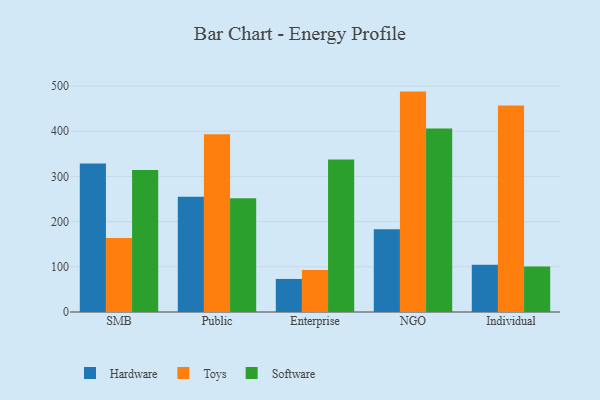
{"axis": {"x": "Segment", "y": "Latency (ms)"}, "legend": ["Hardware", "Software", "Toys"], "data": [{"x": "SMB", "y": 328.7, "type": "Hardware"}, {"x": "SMB", "y": 163.7, "type": "Toys"}, {"x": "SMB", "y": 314.2, "type": "Software"}, {"x": "Public", "y": 255.1, "type": "Hardware"}, {"x": "Public", "y": 393.5, "type": "Toys"}, {"x": "Public", "y": 251.9, "type": "Software"}, {"x": "Enterprise", "y": 73.1, "type": "Hardware"}, {"x": "Enterprise", "y": 93.2, "type": "Toys"}, {"x": "Enterprise", "y": 337.5, "type": "Software"}, {"x": "NGO", "y": 183.2, "type": "Hardware"}, {"x": "NGO", "y": 487.7, "type": "Toys"}, {"x": "NGO", "y": 405.9, "type": "Software"}, {"x": "Individual", "y": 104.8, "type": "Hardware"}, {"x": "Individual", "y": 457.1, "type": "Toys"}, {"x": "Individual", "y": 100.8, "type": "Software"}]}